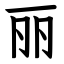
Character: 丽